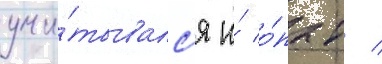
учи́тывалс'я и́ о́пыт /